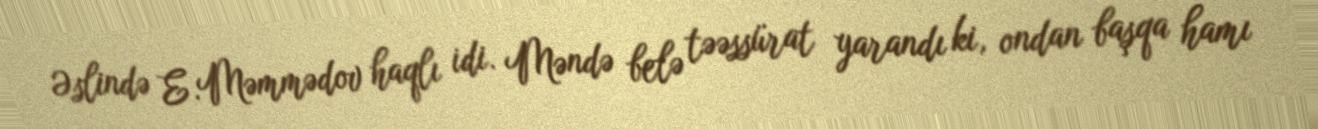
Əslində E.Məmmədov haqlı idi. Məndə belə təəssürat yarandı ki, ondan başqa hamı